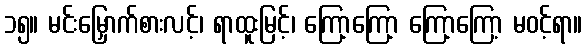
၁၅။ မင်းမြှောက်စားလင့်၊ ရာထူးမြင့်၊ ကြော့ကြော့ ကြော့ကြော့ မဝင့်ရာ။